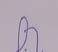
Signature authenticity: forged